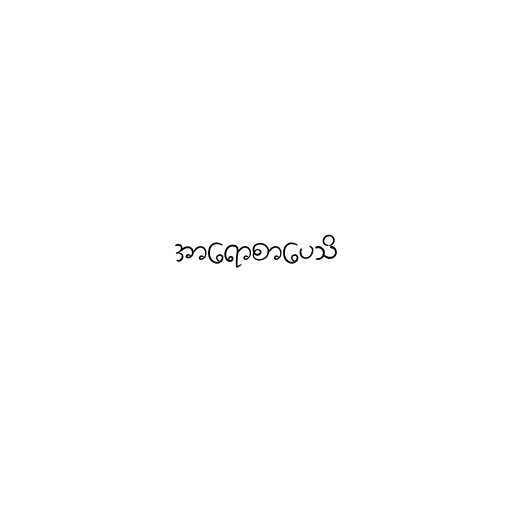
အာရောစာပေသိ